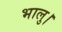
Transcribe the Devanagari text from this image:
भालु।